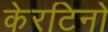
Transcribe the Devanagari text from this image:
केरटिनो